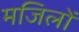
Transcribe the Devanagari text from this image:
मजिलों